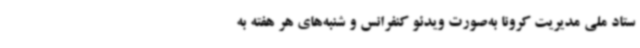
ستاد ملی مدیریت کرونا به‌صورت ویدئو کنفرانس و شنبه‌های هر هفته به